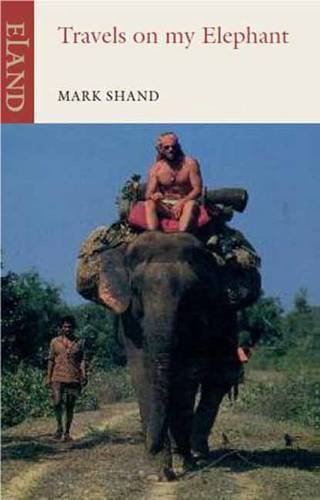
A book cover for Travels on My Elephant; Mark Shand; Travel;